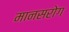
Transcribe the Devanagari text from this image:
मानसरोग